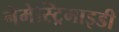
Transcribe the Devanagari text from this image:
नेमेस्ट्रिमाइडी